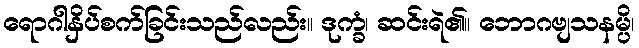
ရောဂါနှိပ်စက်ခြင်းသည်လည်း။ ဒုက္ခံ၊ ဆင်းရဲ၏။ ဘောဂဗျသနမ္ပိ၊